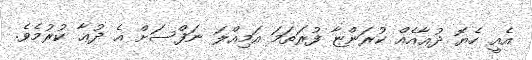
އެއީ ހެޔޮ ދުޢާއެއް ކުރަންޏާ ފުރަތަމަ އަމިއްލަ ނަފްސަށް އެ ދުޢާ ކުރުމެވެ.